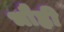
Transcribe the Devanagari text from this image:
भौह्नी